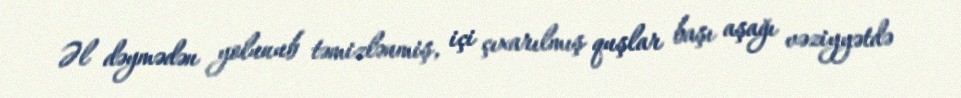
Əl dəymədən yolunub təmizlənmiş, içi çıxarılmış quşlar başı aşağı vəziyyətdə